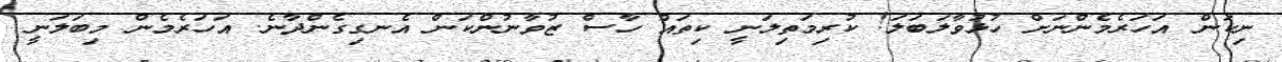
ނިކަން އަހަރެމެންނަށް ހުޅުވާލަބަލަ! ކުރިމަތިލަނީ ކިތައް ހާސް ޒުވާނުންކަން އެނގިގެންދާނެ. އަހަރެމެން މިބަލަނީ